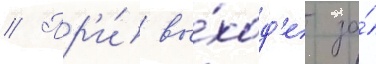
// Пр'и́ вы́ход'е за́